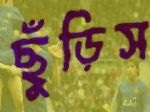
ছুঁড়িস